Report on the bubonic plague in Bombay, 1896-1897
Year: 1896
Disease focus: Plague
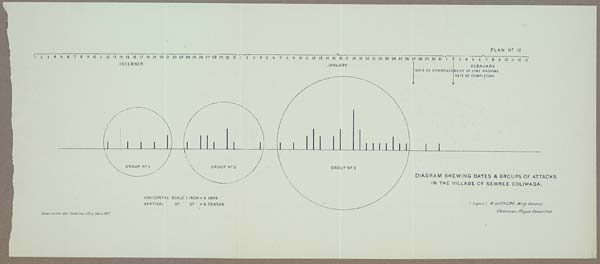
PLAN No. 12
DIAGRAM SHEWING DATES & GROUPS OF ATTACKS
IN THE VILLAGE OF SEWREE COLIWADA.
HORIZONTAL SCALE 1 INCH = 5 DAYS
VERTICAL Do. Do. = 5 DEATHS
Drawn & Litho: Govt. Photozinco: Office, Poona 1897.
(Signed) W. GATACRE, Brig. General
Chairman, Plague Committee